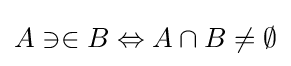
A\ni \in B\Leftrightarrow A\cap B\neq \emptyset